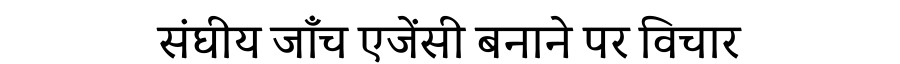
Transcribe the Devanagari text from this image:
संघीय जाँच एजेंसी बनाने पर विचार